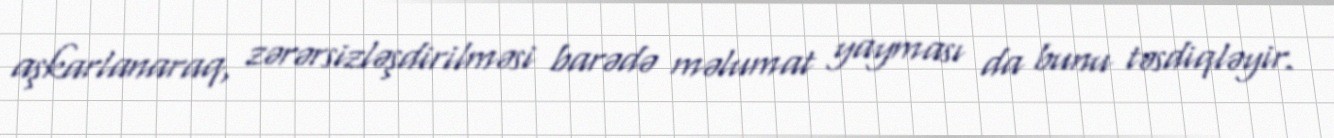
aşkarlanaraq, zərərsizləşdirilməsi barədə məlumat yayması da bunu təsdiqləyir.